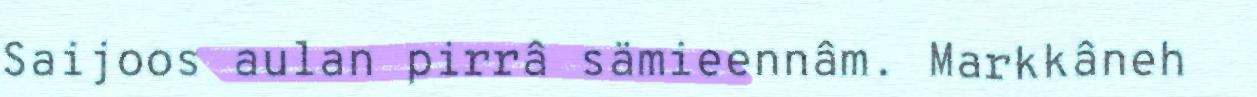
Saijoos aulan pirrâ sämieennâm. Markkâneh